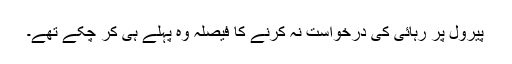
پیرول پر رہائی کی درخواست نہ کرنے کا فیصلہ وہ پہلے ہی کر چکے تھے۔